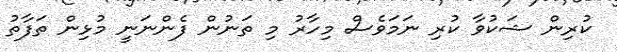
ކުރިން ޝަކުވާ ކުރި ނަމަވެސް މިހާރު މި ތަނުން ފެންނަނީ މުޅިން ތަފާތު